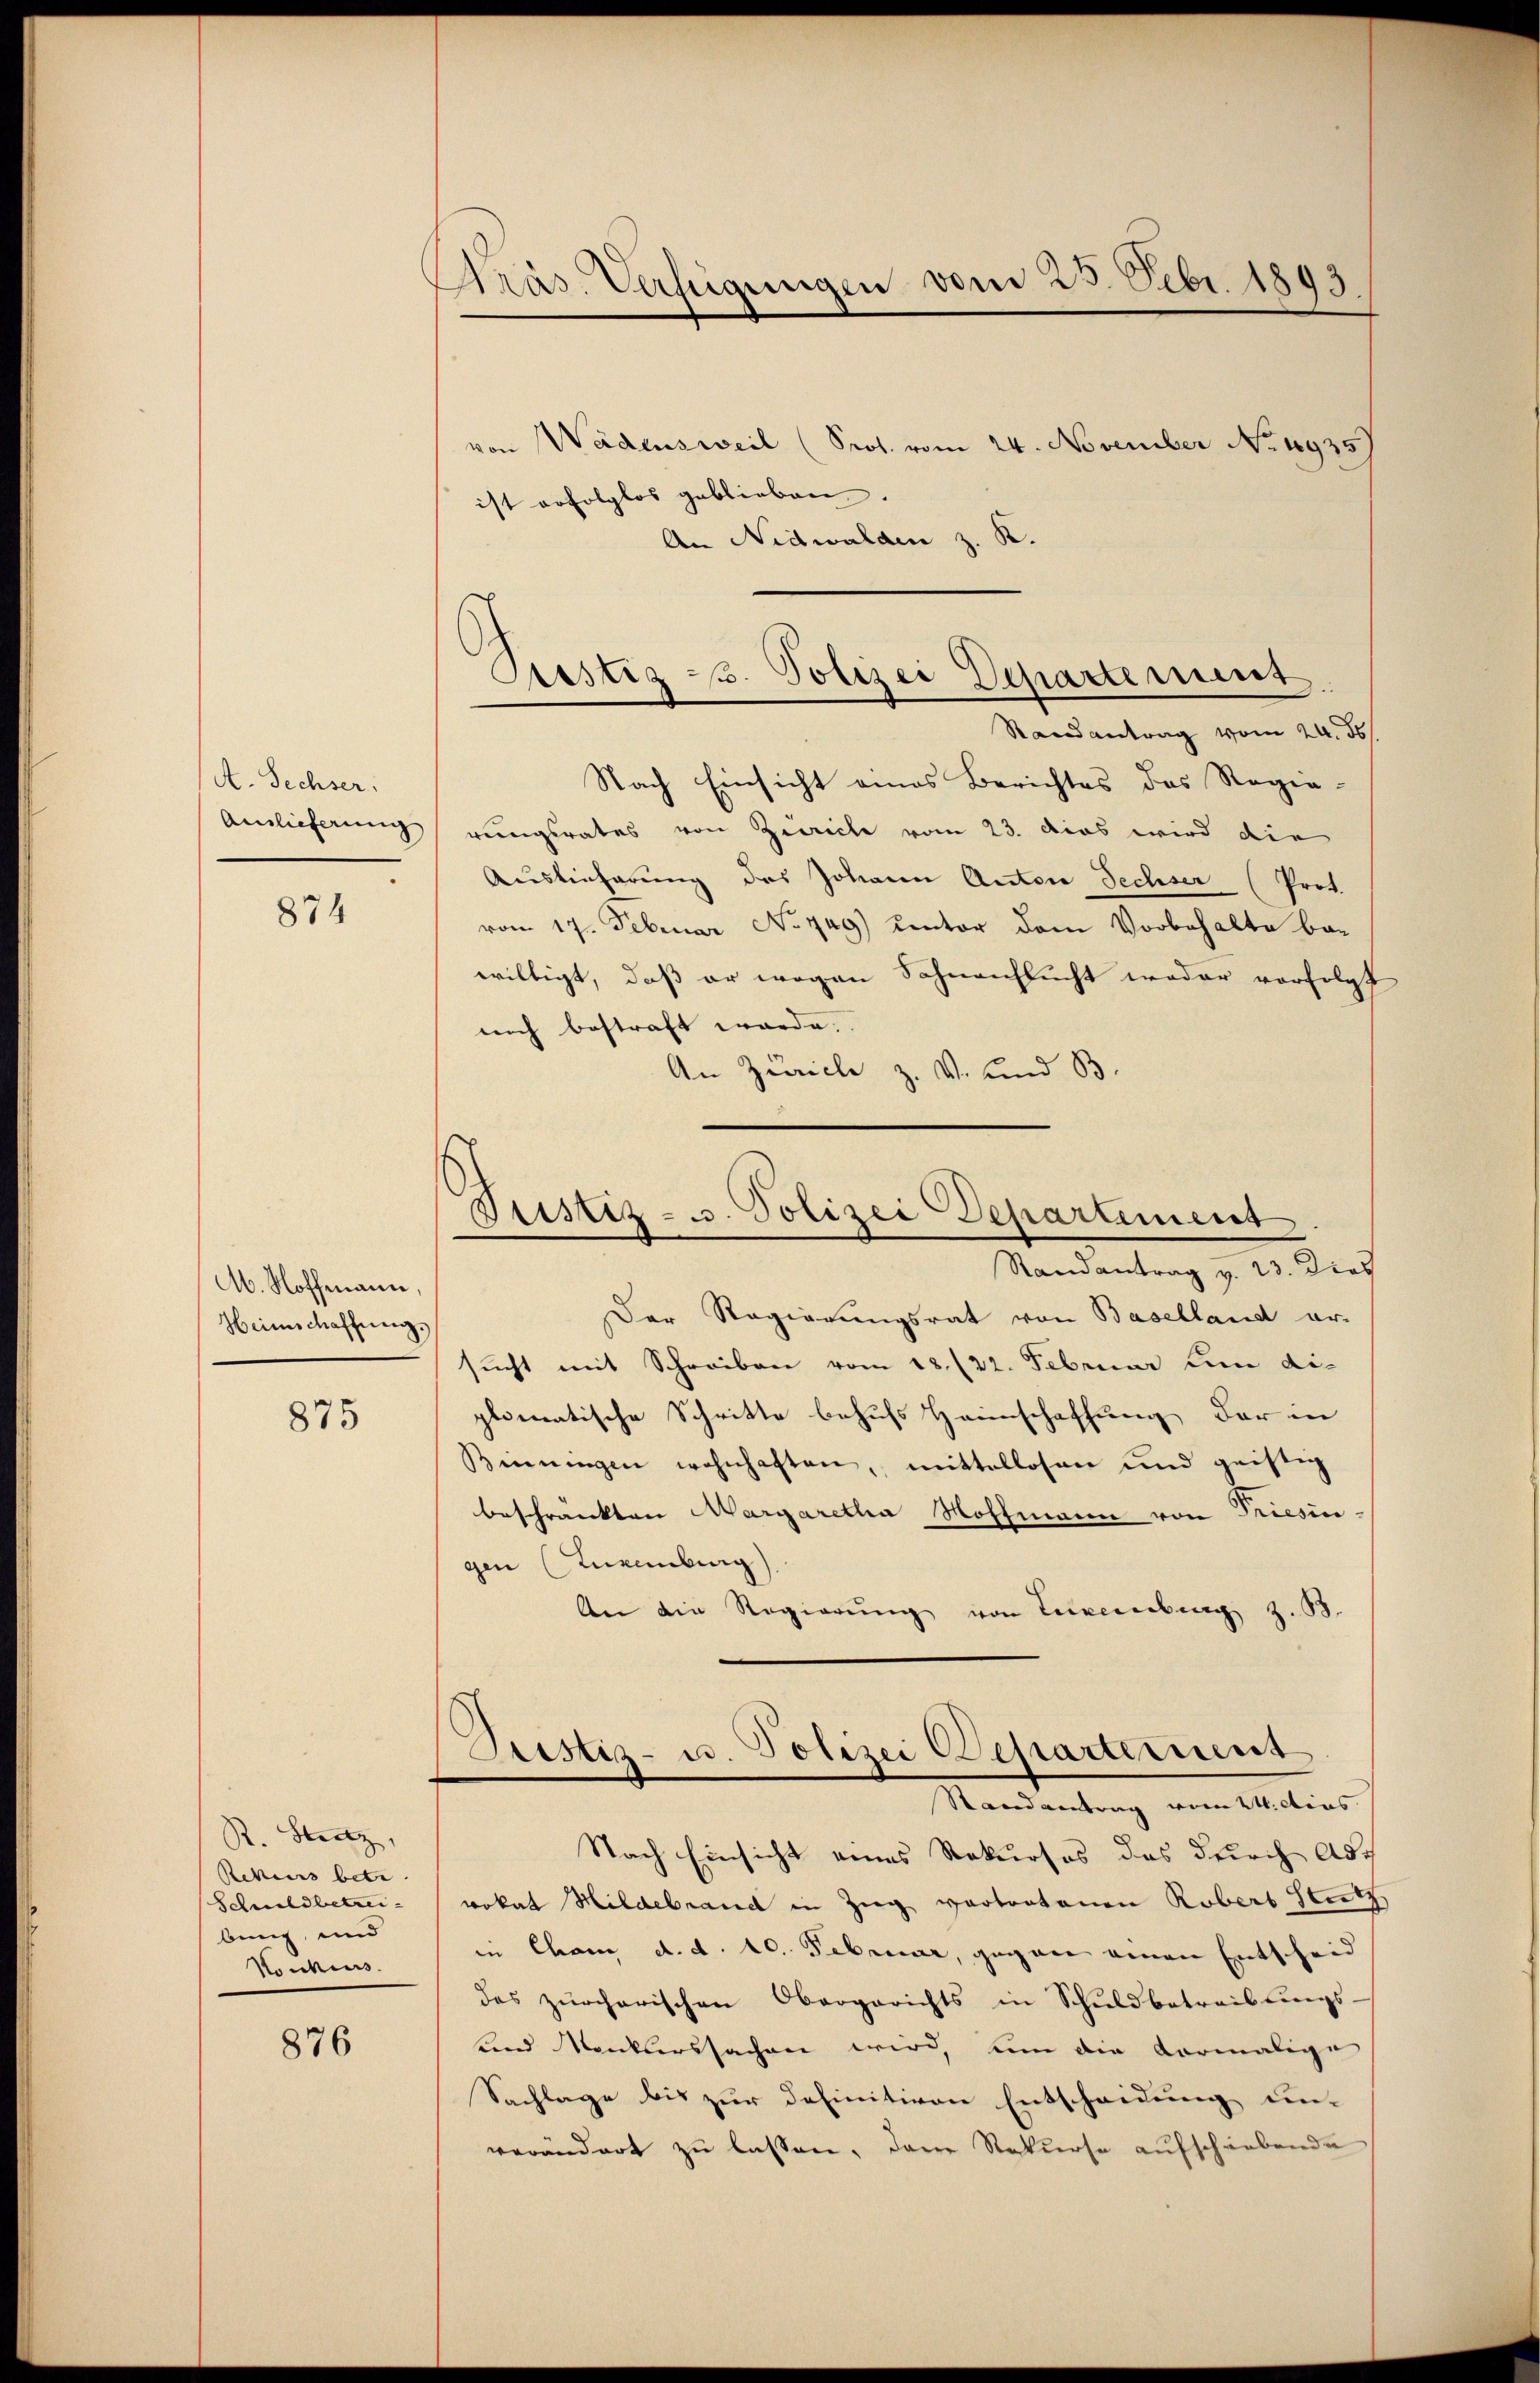
A. Sechser:
Ainlieferung
874

M. Hoffmann,
Heimschaffung.

875

R. Stutz,
Rekurs betr.
Schuldbetreibung, und
Konkurs.

876

Präs. Verfügungen vom 25. Febr. 189

von Wädensweil (Pros. vom 24. November No. 1935)
ist erfolglos geblieben.
An Nidwalden z. K.
Randantrag vom 24. ds.
Nach Einsicht eines Berichtes das Regie-
rungsrates von Zürich vom 23. dies wird die
Auslieferung des Johann Anton Sechser (Prot.
vom 17. Februar No 749) unter dem Vorbehalte bar
willigt, daß er wegen Sohnenflucht weder vorfolgt
mich bestraft werde.
An Zürich z. V. und 33.
Der Regierungsrat von Baselland ar-
sucht mit Schreiben vom 18. 22. Februar um die
plomatische Schritte behufs Heimschaffung der in
Binningen wohnhaften, mittellosen und geistig
beschränkten Margaretha Hoffmann von Triesin-
gen (Luxenburg)
An die Regierŭng von Luxenburg z. B.
Justiz- u. Polizei Departement
Randantrag vom 24. dies
Nach Einsicht eines Rekurses das durch Advokat Hildebrand in Zieg vortratonen Robers Stutz
in Cham d. d. 10. Februar, gegen einen Entscheid
des zürcherischen Obergerichts in Schŭldbetreibŭngs-
end Manklerssachen wird, um die vormalige
Sachlage bis zur definitiven Entscheidung un-
verändert zu lassen, den Rekurse aufschriebende

Siestez 3. Polizei Departement

Justiz- u. Polizei Departement
Randantrag v. 23. Dies